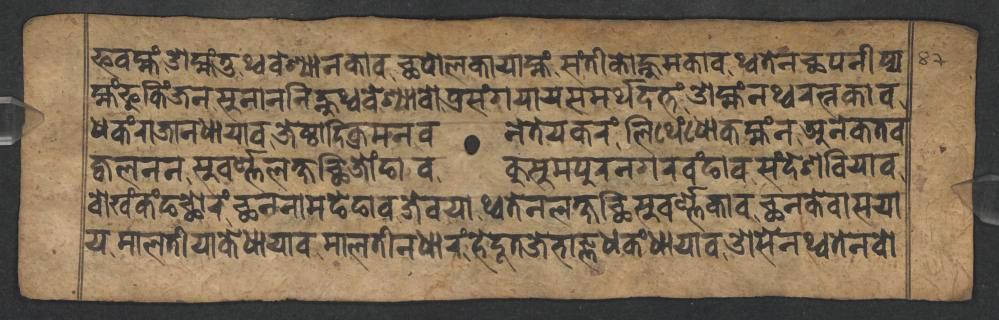
𑐦𑐰𑐩𑑂𑐴𑑄𑐌𑐩𑑂𑐴𑑄𑐟𑐸𑐠𑑂𑐰𑐰𑐾𑐱𑑂𑐫𑐵𑐣𑐎𑐵𑐰𑐕𑐥𑑀𑐮𑐎𑐵𑐫𑐵𑐩𑑂𑐴𑑄𑐳𑑄𑐟𑐷𑐎𑑀𑐣𑑂𑐴𑐸𑐩𑐎𑐵𑐰𑐠𑑂𑐰𑐟𑐾𑐣𑐕𑐥𑐣𑐷𑐥𑑂𑐫 𑐩𑑂𑐴𑑄𑐦𑐸𑐎𑐶𑑄𑐖𑐣𑐳𑐸𑐣𑐵𑐣𑐣𑐶𑐣𑑂𑐴𑐸𑐠𑑂𑐰𑐰𑐾𑐱𑑂𑐫𑐵𑐰𑑀𑐥𑑂𑐬𑐳𑑄𑐐𑐫𑐵𑐫𑐳𑐩𑐬𑑂𑐠𑐡𑐟𑑂𑐟𑑄𑐌𑐩𑑂𑐴𑑄𑐣𑐠𑑂𑐰𑐬𑐟𑑂𑐣𑐎𑐵𑐰 𑐢𑐎𑑄𑐬𑐵𑐖𑐵𑐣𑐢𑐵𑐫𑐵𑐰𑐖𑐾𑐲𑑂𑐠𑐵𑐡𑐶𑐎𑑂𑐬𑐩𑐣𑑂𑐰𑐣𑐾𑐟𑐾𑐫𑐎𑐬𑑄𑐮𑐶𑐠𑐾𑑄𑐢𑑀𑐎𑐩𑑂𑐴𑑄𑐣𑐀𑐣𑐾𑐎𑐟𑐰 𑐖𑑂𑐰𑐮𑐣𑐣𑐳𑐸𑐰𑐬𑑂𑐞𑑂𑐞𑐮𑐎𑑂𑐲𑐕𑐶𑐖𑑀𑑄𑐒𑐵𑐰𑐎𑐸𑐳𑐸𑐩𑐥𑐸𑐬𑐣𑐐𑐬𑐰𑑄𑐒𑐵𑐰𑐳𑑄𑐡𑐾𑐱𑐧𑐶𑐫𑐵𑐰 𑐧𑑀𑐏𑑄𑐎𑑄𑐒𑐕𑑀𑐬𑑄𑐕𑐣𑐣𑐵𑐩𑐒𑐾𑐒𑐵𑐰𑐖𑐾𑐰𑐫𑐵𑐠𑑂𑐰𑐟𑐾𑐣𑐮𑐎𑑂𑐲𑐕𑐶𑐳𑐸𑐰𑐬𑑂𑐞𑑂𑐞𑐎𑐵𑐰𑐕𑐣𑐎𑐾𑐰𑐵𑐳𑐫𑐵 𑐫𑐩𑐵𑐮𑐟𑐷𑐫𑐵𑐎𑐾𑐢𑐵𑐫𑐵𑐰𑐩𑐵𑐮𑐟𑐷𑐣𑐢𑐵𑐬𑑄𑐴𑐾𑐡𑐹𑐟𑐖𑐾𑐨𑐵𑐖𑑂𑐘𑐢𑐎𑑄𑐢𑐵𑐫𑐵𑐰𑐌𑐳𑐾𑐣𑐠𑑂𑐰𑐟𑐾𑐣𑐧𑑀